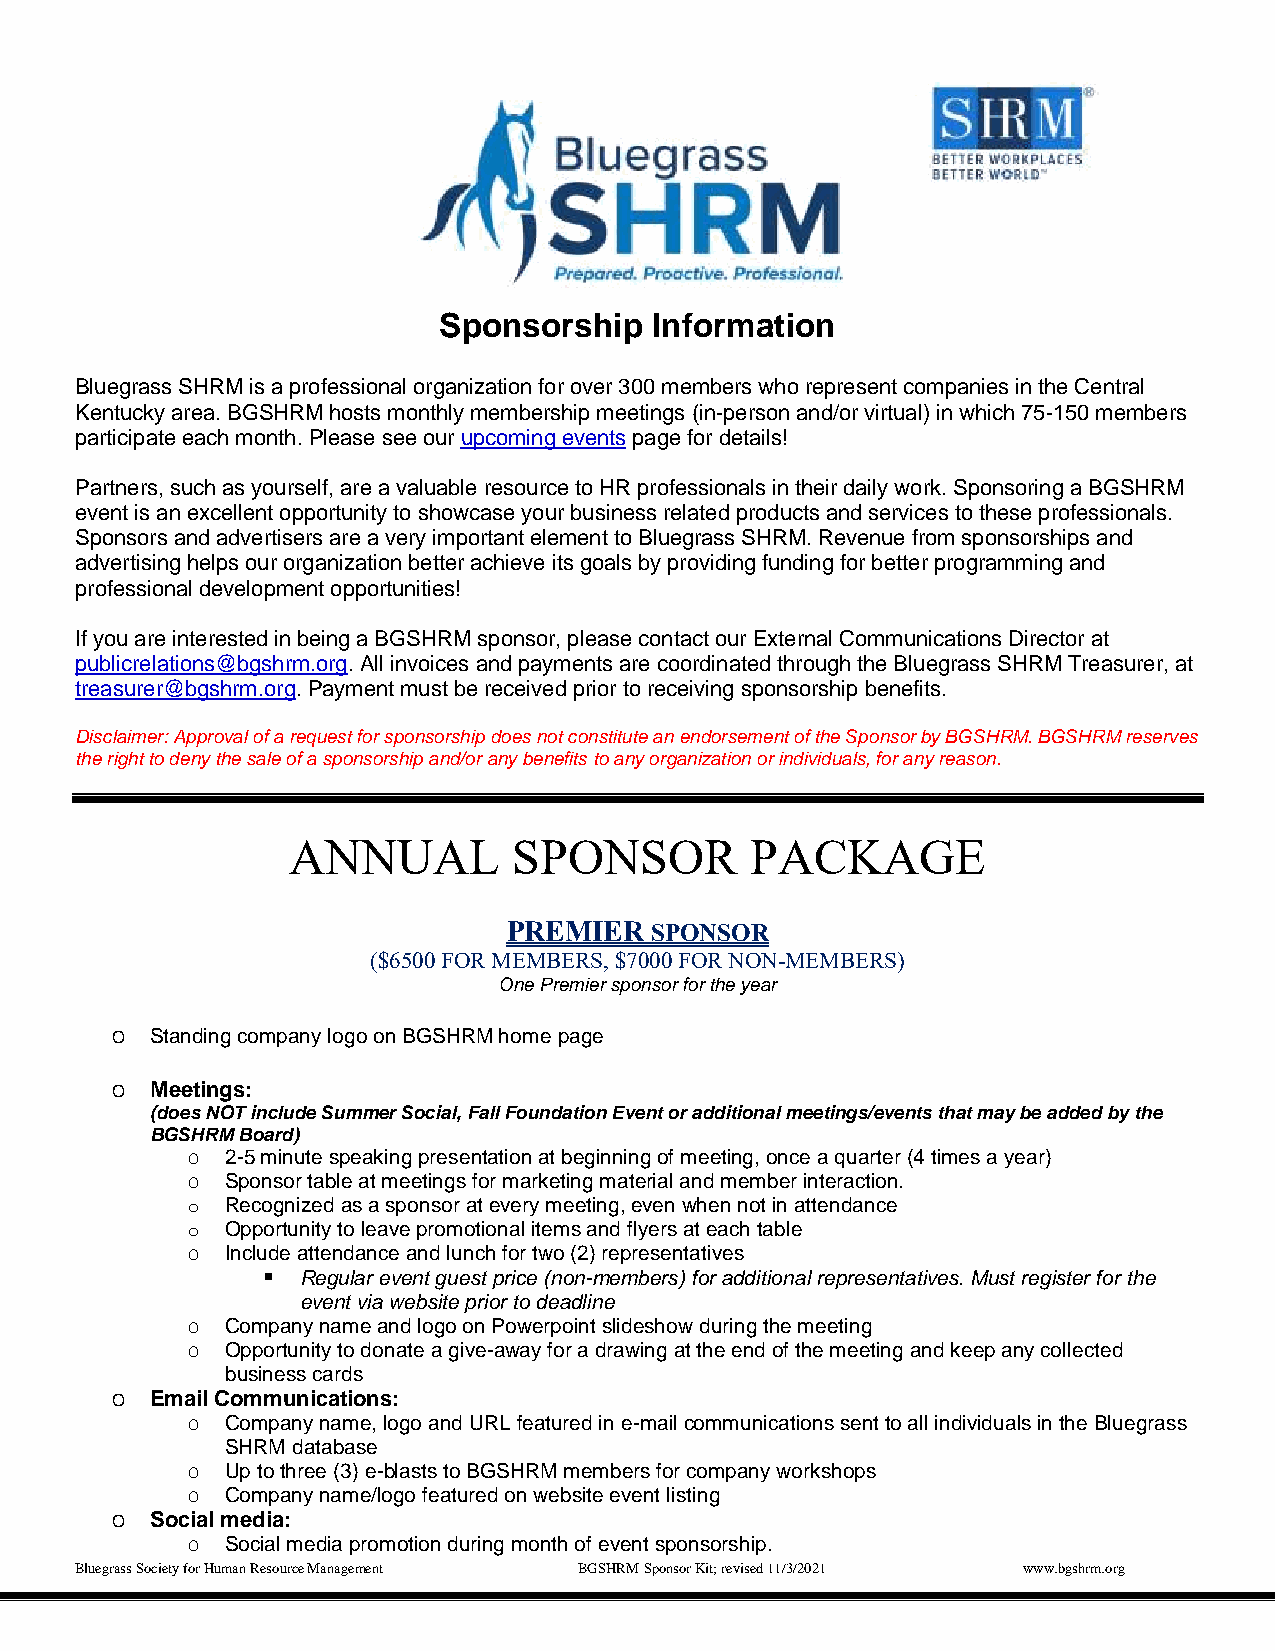
Sponsorship   Information
 Bluegrass SHRM is a professional organization for over 300 members who represent companies in the Central
 Kentucky area. BGSHRM hosts monthly membership meetings (in-person and/or virtual) in which 75-150 members
 participate each month. Please see our upcoming events page for details!
 Partners, such as yourself, are a valuable resource to HR professionals in their daily work. Sponsoring a BGSHRM
 event is an excellent opportunity to showcase your business related products and services to these professionals.
 Sponsors and advertisers are a very important element to Bluegrass SHRM. Revenue from sponsorships and
 advertising helps our organization better achieve its goals by providing funding for better programming and
 professional development opportunities!
 If you are interested in being a BGSHRM sponsor, please contact our External Communications Director at
 publicrelations@bgshrm.org. All invoices and payments are coordinated through the Bluegrass SHRM Treasurer, at
 treasurer@bgshrm.org. Payment must be received prior to receiving sponsorship benefits.
 Disclaimer: Approval of a request for sponsorship does not constitute an endorsement of the Sponsor by BGSHRM. BGSHRM reserves
 the right to deny the sale of a sponsorship and/or any benefits to any organization or individuals, for any reason.
 ANNUAL         SPONSOR         PACKAGE
 PREMIER  SPONSOR
 ($6500 FOR MEMBERS, $7000 FOR NON-MEMBERS)
 One Premier sponsor for the year
 O  Standing company logo on BGSHRM home page
 O  Meetings:
 (does NOT include Summer Social, Fall Foundation Event or additional meetings/events that may be added by the
 BGSHRM Board)
 O  2-5 minute speaking presentation at beginning of meeting, once a quarter (4 times a year)
 O  Sponsor table at meetings for marketing material and member interaction.
 o  Recognized as a sponsor at every meeting, even when not in attendance
 o  Opportunity to leave promotional items and flyers at each table
 O  Include attendance and lunch for two (2) representatives
   Regular event guest price (non-members) for additional representatives. Must register for the
 event via website prior to deadline
 O  Company name and logo on Powerpoint slideshow during the meeting
 O  Opportunity to donate a give-away for a drawing at the end of the meeting and keep any collected
 business cards
 O  Email Communications:
 O  Company name, logo and URL featured in e-mail communications sent to all individuals in the Bluegrass
 SHRM database
 O  Up to three (3) e-blasts to BGSHRM members for company workshops
 O  Company name/logo featured on website event listing
 O  Social media:
 O  Social media promotion during month of event sponsorship.
 Bluegrass Society for Human Resource Management BGSHRM Sponsor Kit; revised 11/3/2021 www.bgshrm.org